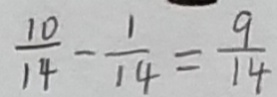
\frac { 1 0 } { 1 4 } - \frac { 1 } { 1 4 } = \frac { 9 } { 1 4 }